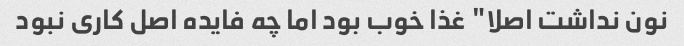
نون نداشت اصلا" غذا خوب بود اما چه فایده اصل کاری نبود